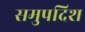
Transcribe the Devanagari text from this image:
समुपदिश